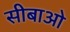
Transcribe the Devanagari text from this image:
सीबाओ